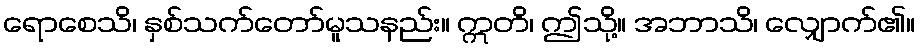
ရောစေသိ၊ နှစ်သက်တော်မူသနည်း။ ဣတိ၊ ဤသို့။ အဘာသိ၊ လျှောက်၏။